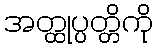
အတ္ထုပ္ပတ္တိကို